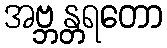
အဗ္ဘန္တရတော